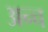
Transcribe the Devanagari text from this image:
अन्च